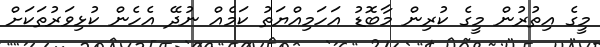
މީގެ އިތުރުން މީގެ ކުރިން މާބޮޑު އަހަމިއްޔަތު ކަމެއް ނުދޭ އެހެން ކުޅިވަރުތަކަށް